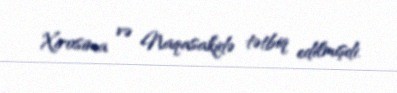
Xirosima və Naqasakidə tətbiq edilmişdi.